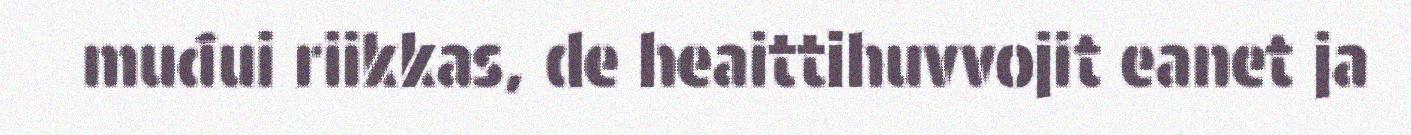
muđui riikkas, de heaittihuvvojit eanet ja